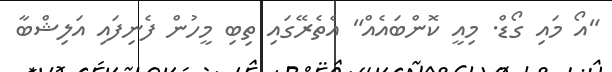
"އޯ މައި ގޯޑް. މިއީ ކޮންބައެއް" އެތެރޭގައި ތިބި މީހުން ފެނިފައި އަލިޝްބާ